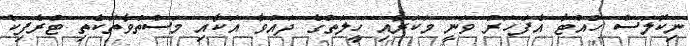
ނިކޮލަސް ހުއްޓާ އެފަހަރު ވަނީ މަކަރާއި ހީލަތުގެ ދައުވާ އަކާއި މަސްތުވާތަކެތި ޓްރެފިކް